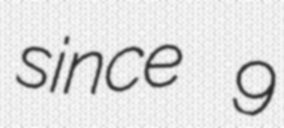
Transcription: since 9